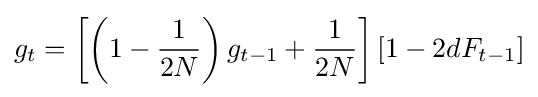
g_{t}=\left[\left(1-{\frac {1}{2N}}\right)g_{t-1}+{\frac {1}{2N}}\right]\left[1-2dF_{t-1}\right]